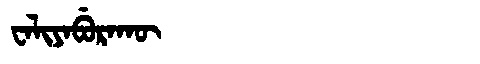
Manchu: ᠸᠠᠯᡳᠶᠠᠪᡠᡵᠠᡴᡡ
Romanization: WALIYABURAKŪ